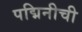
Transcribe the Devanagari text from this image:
पद्मिनीची